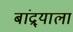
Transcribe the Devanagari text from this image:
बांद्र्याला